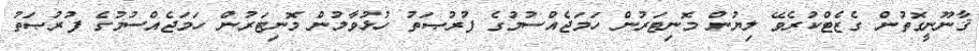
ޤާނޫނީގޮތުން ގެޒެޓްކުރެވޭ ލިޔުން މޮނިޓަރުން ހަމަޖެއްސުމުގެ ފުރުޞަތު ހުޅުވާލުން މޮނިޓަރުން ހަމަޖެއްސުމުގެ ފުރުޞަތު